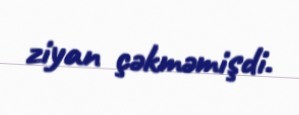
ziyan çəkməmişdi.